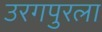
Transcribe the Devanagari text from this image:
उरगपुरला